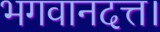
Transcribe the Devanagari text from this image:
भगवानदत्त।